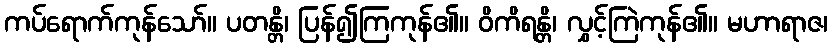
ကပ်ရောက်ကုန်သော်။ ပတန္တိ၊ ပြန်၍ကြကုန်၏။ ဝိကိရန္တိ၊ လွှင့်ကြဲကုန်၏။ မဟာရာဇ၊